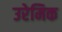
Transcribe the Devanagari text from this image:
उरेमिक